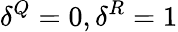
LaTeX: \delta^{Q}=0,\delta^{R}=1